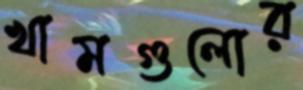
খামগুলোর